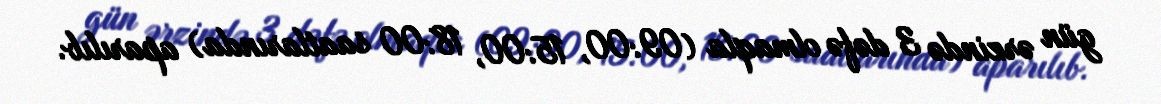
gün ərzində 3 dəfə olmaqla (09:00, 15:00, 18:00 saatlarında) aparılıb.